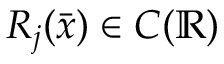
R _ { j } ( { \bar { x } } ) \in C ( \mathbb R )